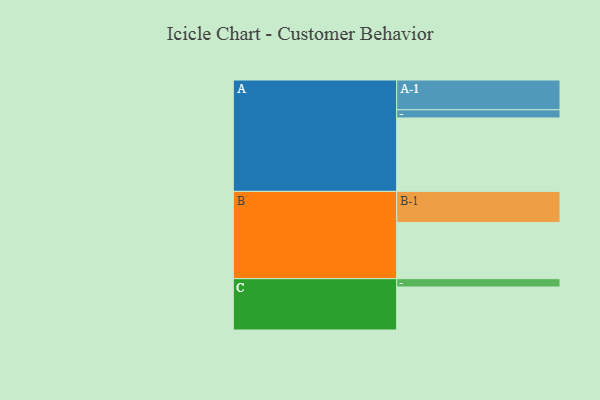
{"axis": {"x": "Segment", "y": "Value"}, "legend": ["", "A", "B", "C"], "data": [{"x": "A", "y": 555, "type": ""}, {"x": "B", "y": 425, "type": ""}, {"x": "C", "y": 325, "type": ""}, {"x": "A-1", "y": 225, "type": "A"}, {"x": "A-2", "y": 62, "type": "A"}, {"x": "B-1", "y": 235, "type": "B"}, {"x": "C-1", "y": 63, "type": "C"}]}